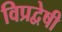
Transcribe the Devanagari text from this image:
विप्रद्वेषी